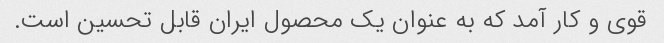
قوی و کار آمد که به عنوان یک محصول ایران قابل تحسین است.